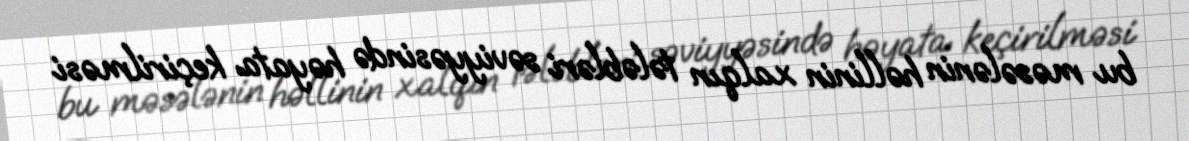
bu məsələnin həllinin xalqın tələbləri səviyyəsində həyata keçirilməsi